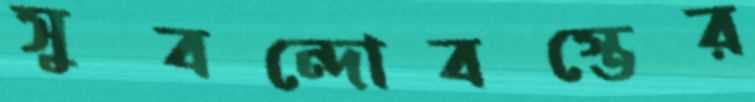
সুবন্দোবস্তের